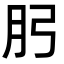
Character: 𭨧